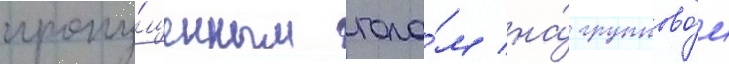
пропу́щенным гола́м на́ группово́м